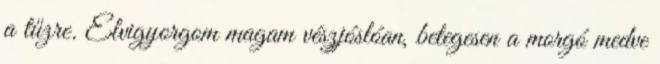
a tűzre. Elvigyorgom magam vészjóslóan, betegesen a morgó medve